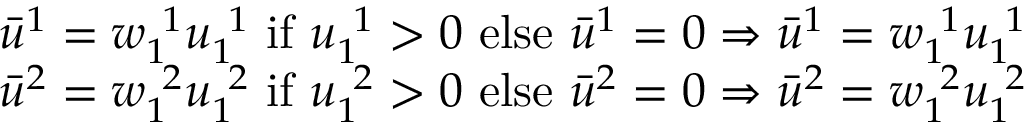
\begin{array} { r l } & { \bar { u } ^ { 1 } = w _ { 1 \ } ^ { \ 1 } u _ { 1 \ } ^ { \ 1 } \mathrm { ~ i f ~ } u _ { 1 \ } ^ { \ 1 } > 0 \mathrm { ~ e l s e ~ } \bar { u } ^ { 1 } = 0 \Rightarrow \bar { u } ^ { 1 } = w _ { 1 \ } ^ { \ 1 } u _ { 1 \ } ^ { \ 1 } } \\ & { \bar { u } ^ { 2 } = w _ { 1 \ } ^ { \ 2 } u _ { 1 \ } ^ { \ 2 } \mathrm { ~ i f ~ } u _ { 1 \ } ^ { \ 2 } > 0 \mathrm { ~ e l s e ~ } \bar { u } ^ { 2 } = 0 \Rightarrow \bar { u } ^ { 2 } = w _ { 1 \ } ^ { \ 2 } u _ { 1 \ } ^ { \ 2 } } \end{array}